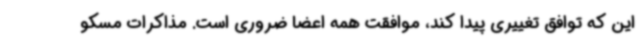
این که توافق تغییری پیدا کند، موافقت همه اعضا ضروری است. مذاکرات مسکو